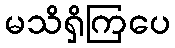
မသိရှိကြပေ